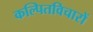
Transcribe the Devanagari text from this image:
कल्पितविचारों